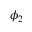
\phi _ { 2 }